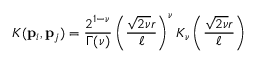
K ( \mathbf { p } _ { i } , \mathbf { p } _ { j } ) = \frac { 2 ^ { 1 - \nu } } { \Gamma ( \nu ) } \left( \frac { \sqrt { 2 \nu } r } { \ell } \right) ^ { \nu } K _ { \nu } \left( \frac { \sqrt { 2 \nu } r } { \ell } \right)